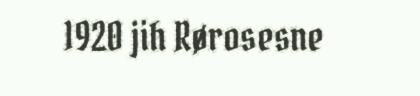
1920 jih Rørosesne